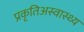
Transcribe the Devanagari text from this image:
प्रकृतिअस्वास्थ्य